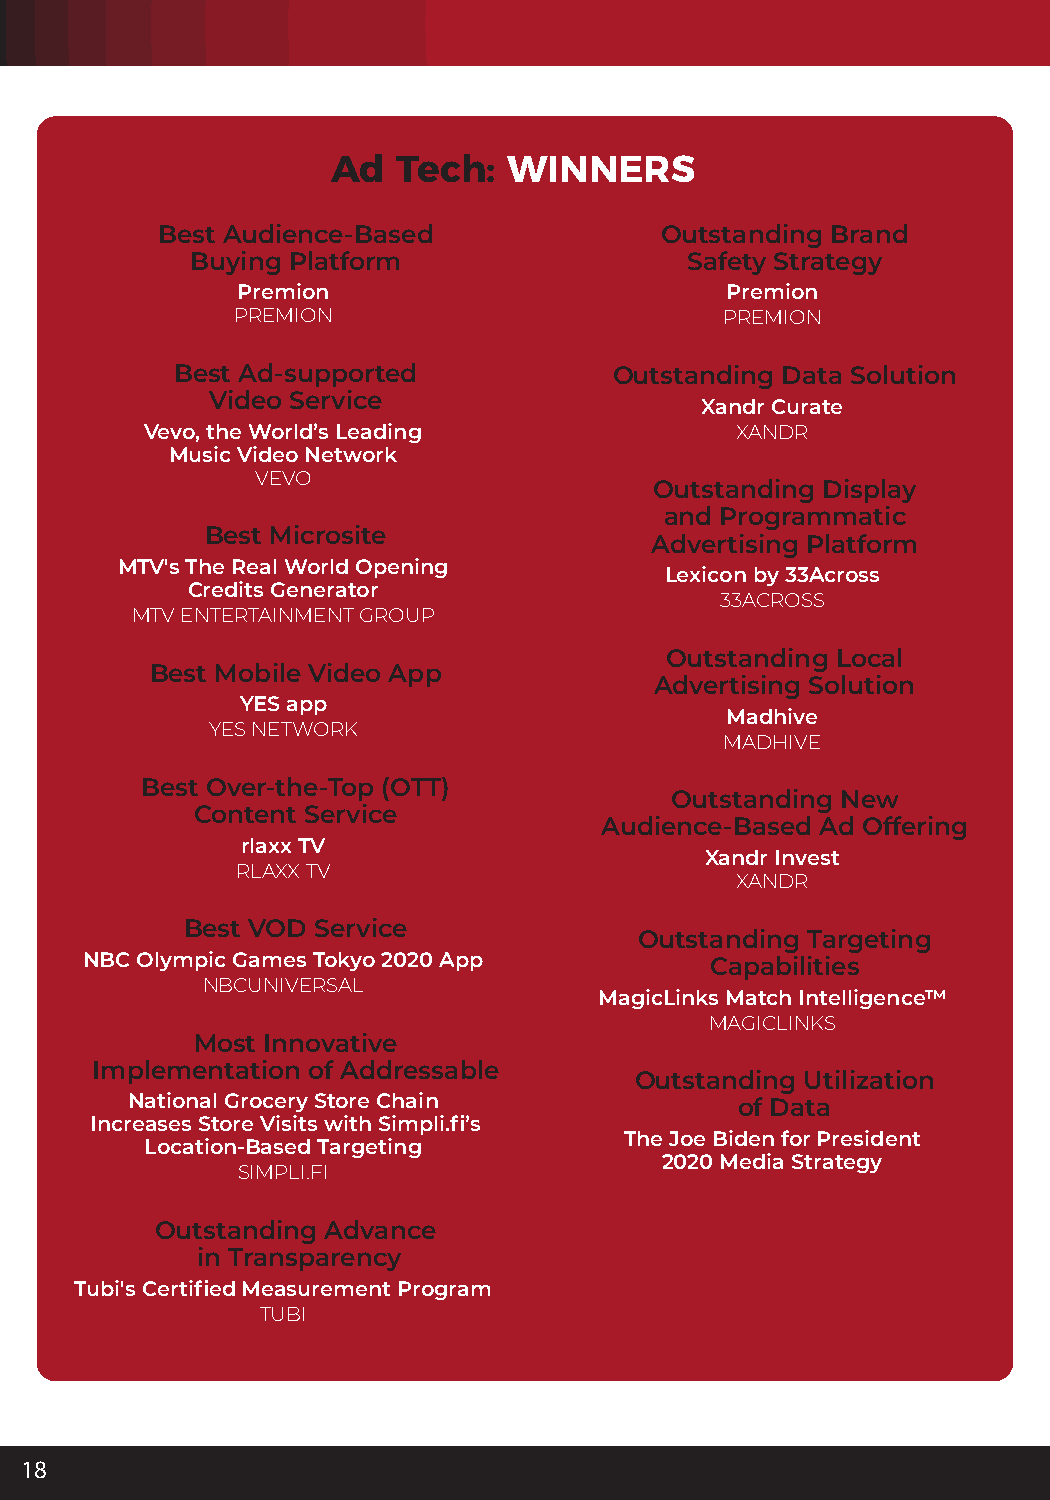
Ad  Tech:   WINNERS
 Best Audience-Based               Outstanding Brand
 Buying Platform                 Safety Strategy
 Premion                         Premion
 PREMION                          PREMION
 Best Ad-supported            Outstanding Data Solution
 Video Service
 Xandr Curate
 Vevo, the World’s Leading              XANDR
 Music Video Network
 VEVO
 Outstanding Display
 and Programmatic
 Best Microsite
 Advertising Platform
 MTV's The Real World Opening
 Lexicon by 33Across
 Credits Generator
 33ACROSS
 MTV ENTERTAINMENT GROUP
 Outstanding Local
 Best Mobile Video App
 Advertising Solution
 YES app
 Madhive
 YES NETWORK
 MADHIVE
 Best Over-the-Top (OTT)
 Outstanding New
 Content Service
 Audience-Based Ad Offering
 rlaxx TV
 Xandr Invest
 RLAXX TV
 XANDR
 Best VOD Service
 Outstanding Targeting
 NBC Olympic Games Tokyo 2020 App         Capabilities
 NBCUNIVERSAL
 MagicLinks Match Intelligence™
 MAGICLINKS
 Most Innovative
 Implementation of Addressable
 Outstanding Utilization
 National Grocery Store Chain             of Data
 Increases Store Visits with Simpli.fi’s
 The Joe Biden for President
 Location-Based Targeting
 2020 Media Strategy
 SIMPLI.FI
 Outstanding Advance
 in Transparency
 Tubi's Certified Measurement Program
 TUBI
 18